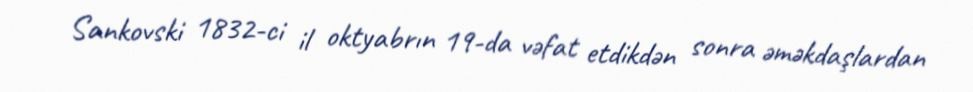
Sankovski 1832-ci il oktyabrın 19-da vəfat etdikdən sonra əməkdaşlardan